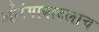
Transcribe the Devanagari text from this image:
औरंगाबादलाच